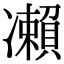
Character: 𠘝